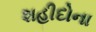
શહીદોના